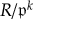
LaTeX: R / { \mathfrak { p } } ^ { k }